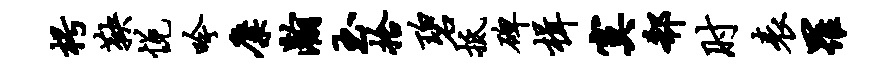
枵鞅悦吟麋瀚玉拾碧抵碑楫寞欷肘表罹